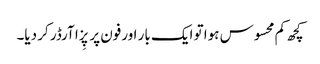
کچھ کم محسوس ہوا تو ایک بار اورفون پر پِزا آرڈر کر دیا۔